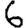
Digit: 6